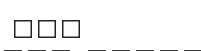
١٠١